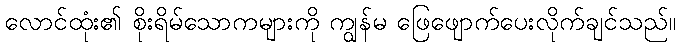
လောင်ထုံး၏ စိုးရိမ်သောကများကို ကျွန်မ ဖြေဖျောက်ပေးလိုက်ချင်သည်။